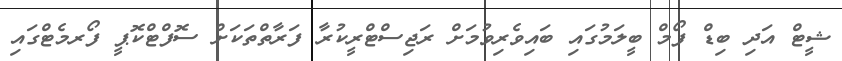
ޝީޓް އަދި ބިޑް ފޯމް ބީލަމުގައި ބައިވެރިވުމަށް ރަޖިސްޓްރީކުރާ ފަރާތްތަކަށް ސޮފްޓްކޮޕީ ފޯރމެޓްގައި